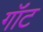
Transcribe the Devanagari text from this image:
गॉंट